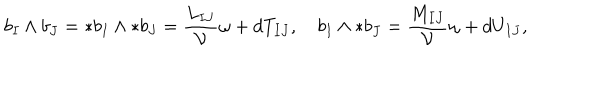
b _ { I } \wedge b _ { J } = \ast b _ { I } \wedge \ast b _ { J } = \frac { L _ { I J } } { \cal V } \omega + d T _ { I J } , \quad b _ { I } \wedge \ast b _ { J } = \frac { M _ { I J } } { \cal V } \omega + d U _ { I J } ,